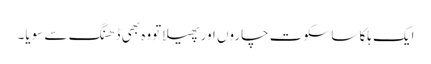
ایک ہلکا سا سکوت چاروں اور پھیلا تووہ بھی ڈھنگ سے سویا۔